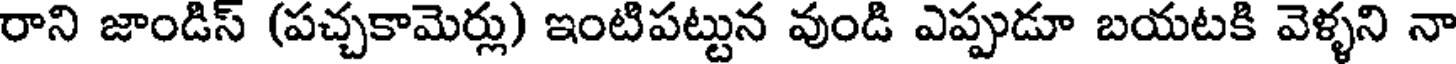
రాని జాండిస్ (పచ్చకామెర్లు) ఇంటిపట్టున వుండి ఎప్పుడూ బయటకి వెళ్ళని నా